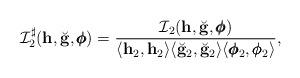
LaTeX: \begin{align*} \mathcal I_2^{\sharp}(\mathbf h,\breve{\mathbf g},\pmb{\phi}) = \frac{\mathcal I_2(\mathbf h,\breve{\mathbf g},\pmb{\phi})}{\langle \mathbf h_2, \mathbf h_2\rangle\langle \breve{\mathbf g}_2, \breve{\mathbf g}_2\rangle\langle \pmb{\phi}_2, \pmb{\phi}_2\rangle}, \end{align*}